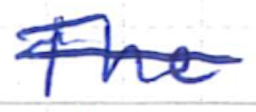
Text: The
Cross-out: single-line
Writing tool: ballpoint